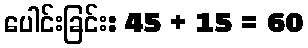
ပေါင်းခြင်း: 45 + 15 = 60